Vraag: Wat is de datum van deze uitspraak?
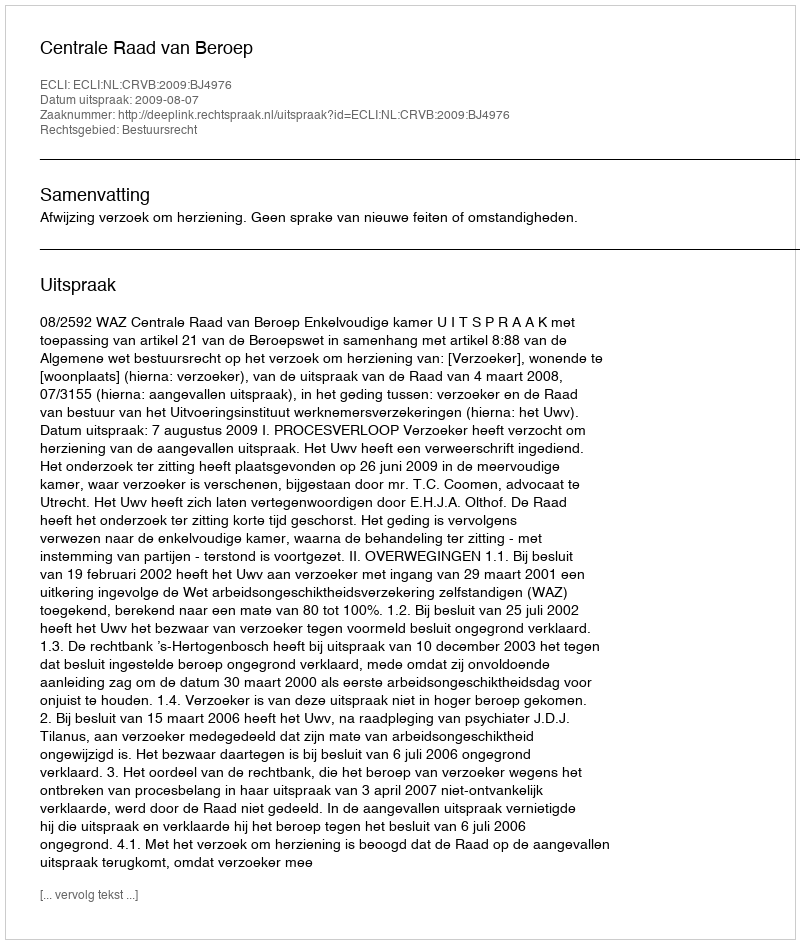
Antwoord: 2009-08-07